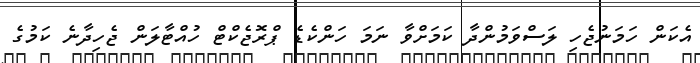
އެކަން ހަމަނުޖެހި ލަސްވަމުންދާ ކަމަށްވާ ނަމަ ހަންކެޑެ ޕްރޮޖެކްޓް ހުއްޓާލަން ޖެހިދާނެ ކަމުގެ